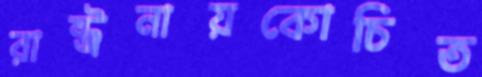
রাষ্ট্রনায়কোচিত